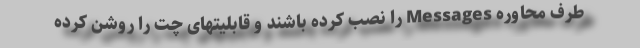
طرف محاوره Messages را نصب کرده باشند و قابلیتهای چت را روشن کرده